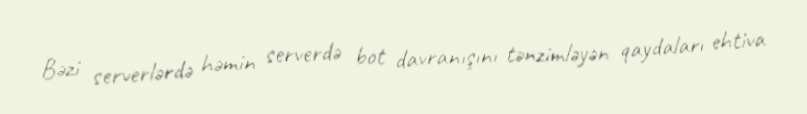
Bəzi serverlərdə həmin serverdə bot davranışını tənzimləyən qaydaları ehtiva